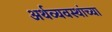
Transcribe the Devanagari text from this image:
अर्थव्यवस्थांच्या